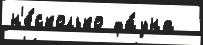
н'е́сколько фа́уна